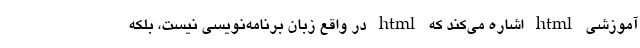
آموزشی html اشاره می‌کند که html در واقع زبان برنامه‌نویسی نیست، بلکه